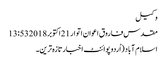
وکیل
مقدس فاروق اعوان اتوار 21 اکتوبر 2018 13:53
اسلام آباد (اُردو پوائنٹ اخبارتازہ ترین۔